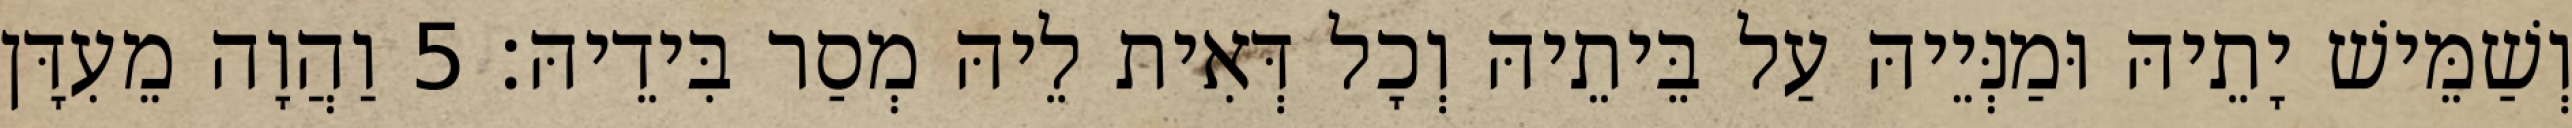
וְשַׁמֵּישׁ יָתֵיהּ וּמַנְּיֵיהּ עַל בֵּיתֵיהּ וְכָל דְּאִית לֵיהּ מְסַר בִּידֵיהּ׃ 5 וַהֲוָה מֵעִדָּן